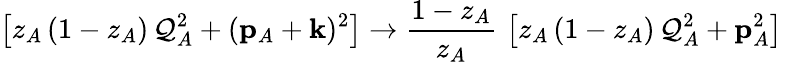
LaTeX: \left[z_{A}\, (1-z_{A})\, \mathcal{Q}_{A}^{2}+({{\mathbf{p}}}_{A}+{{\mathbf{k}}})^{2}\right]\to{\frac{{1-z_{A}}}{{z_{A}}}}\, \left[z_{A}\, (1-z_{A})\, \mathcal{Q}_{A}^{2}+{{\mathbf{p}}}_{A}^{2}\right]\,